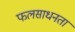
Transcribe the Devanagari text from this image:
फलसाधनता